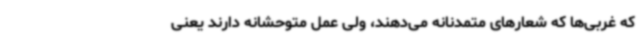
که غربی‌ها که شعارهای متمدنانه می‌دهند، ولی عمل متوحشانه دارند یعنی